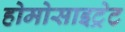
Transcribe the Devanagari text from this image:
होमोसाइट्रेट